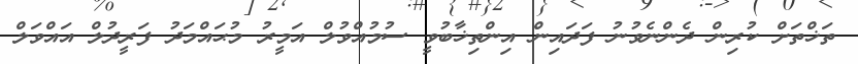
ތަޚްތަށް ކުރިން ދެންނެވުނު ފަދައިން އިންތިޚާބުވީ ސުމުއްވުލް އަމީރު މުޙައްމަދު ފަރީދުލް އައްވަލް